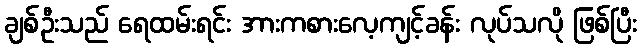
ချစ်ဦးသည် ရေထမ်းရင်း အားကစားလေ့ကျင့်ခန်း လုပ်သလို ဖြစ်ပြီး